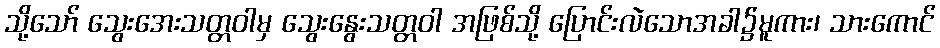
သို့သော် သွေးအေးသတ္တဝါမှ သွေးနွေးသတ္တဝါ အဖြစ်သို့ ပြောင်းလဲသောအခါ၌မူကား၊ သားကောင်